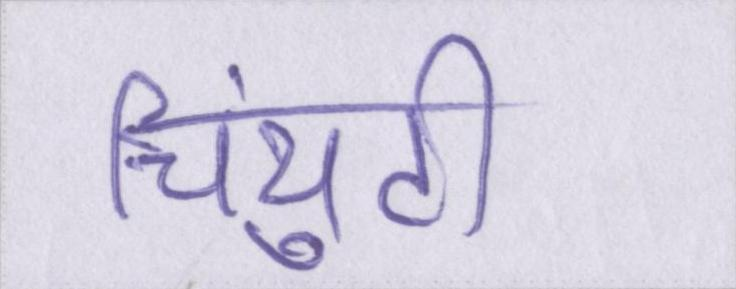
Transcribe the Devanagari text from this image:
चिंयुटी